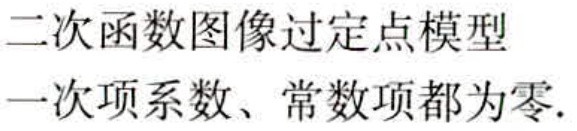
二次函数图像过定点模型

一次项系数、常数项都为零.